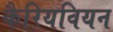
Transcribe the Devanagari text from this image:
कैरियवियन